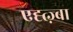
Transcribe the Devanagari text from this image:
एह्त्ज़्बा